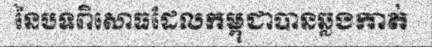
នៃបទពិសោធដែលកម្ពុជាបានឆ្លងកាត់